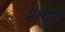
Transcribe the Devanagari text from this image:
मेक्ग्वायर